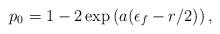
LaTeX: \begin{align*} p_0 = 1 - 2 \exp\left( a(\epsilon_f - r/2)\right), \end{align*}